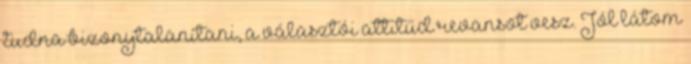
tudna bizonytalanítani, a választói attitűd revansot vesz. Jól látom